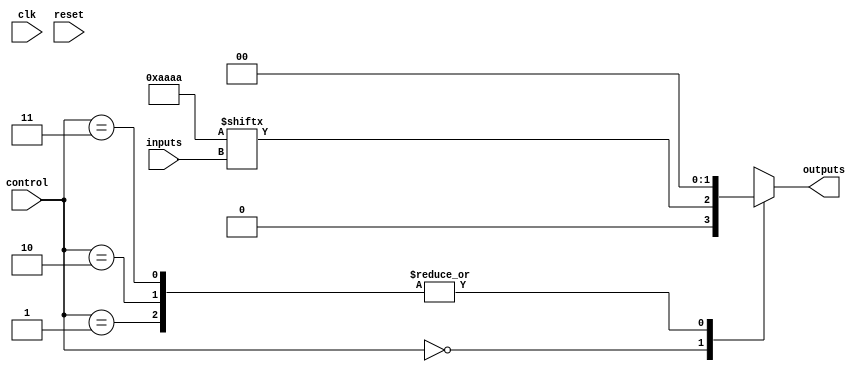
module CLB (
    input wire [N-1:0] inputs,         // N input pins
    input wire [M-1:0] control,        // Control signals for multiplexer
    output wire [P-1:0] outputs,       // P output pins
    input wire clk,                     // Clock signal (if needed for feedback)
    input wire reset                    // Reset signal
);

// Parameter definitions
parameter N = 4;                      // Number of inputs
parameter M = 2;                      // Number of control signals for MUX
parameter P = 2;                      // Number of outputs
parameter LUT_SIZE = 16;              // 2^N for N=4

// LUT definition (example truth table)
reg [LUT_SIZE-1:0] lut;               // LUT storage
reg [P-1:0] mux_out;                  // MUX output

// Initialize LUT with some values (example)
initial begin
    lut = 16'b1010101010101010; // Example LUT values for a 4-input function
end

// Combinational logic: LUT output based on inputs
wire [LUT_SIZE-1:0] lut_output;
assign lut_output = lut[inputs];

// MUX functionality (if needed)
always @(*) begin
    case (control)
        2'b00: mux_out = lut_output[0 +: P]; // Select first output
        2'b01: mux_out = lut_output[1 +: P]; // Select second output
        2'b10: mux_out = lut_output[2 +: P]; // Select third output
        2'b11: mux_out = lut_output[3 +: P]; // Select fourth output
        default: mux_out = {P{1'b0}};         // Default case
    endcase
end

// Output assignment
assign outputs = mux_out;

// Feedback path (optional, for sequential logic)
reg [N-1:0] feedback;
always @(posedge clk or posedge reset) begin
    if (reset) begin
        feedback <= 0;
    end else begin
        feedback <= outputs; // Example feedback
    end
end

endmodule